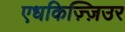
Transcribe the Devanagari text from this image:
एधकिज़्ज़िउर